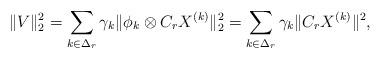
LaTeX: \begin{align*}\|V\|_2^2 &= \sum_{k\in \Delta_r} \gamma_k \|\phi_k \otimes C_r X^{(k)}\|_2^2=\sum_{k\in \Delta_r} \gamma_k \|C_r X^{(k)}\|^2,\end{align*}